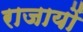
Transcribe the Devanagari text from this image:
राजायों